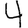
Digit: 4